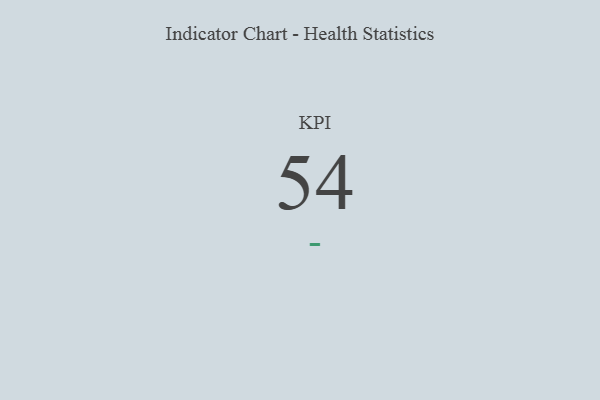
{"axis": {"x": "KPI", "y": "Value"}, "legend": [""], "data": [{"x": "KPI", "y": 54, "type": ""}]}